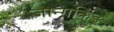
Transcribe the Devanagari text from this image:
जान्गकिंड